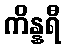
ကိန္နရီ